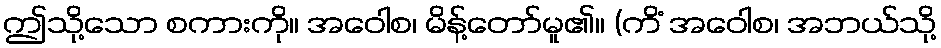
ဤသို့သော စကားကို။ အဝေါစ၊ မိန့်တော်မူ၏။ (ကိံ အဝေါစ၊ အဘယ်သို့